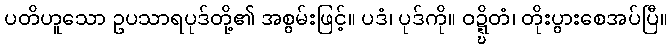
ပတိဟူသော ဥပသာရပုဒ်တို့၏ အစွမ်းဖြင့်။ ပဒံ၊ ပုဒ်ကို။ ဝဍ္ဍ္ဎိတံ၊ တိုးပွားစေအပ်ပြီ။